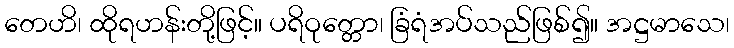
တေဟိ၊ ထိုရဟန်းတို့ဖြင့်။ ပရိဝုတ္တော၊ ခြံရံအပ်သည်ဖြစ်၍။ အဋ္ဌမာသေ၊